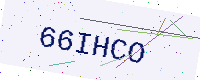
Text: 66IHCO